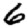
Digit: 6